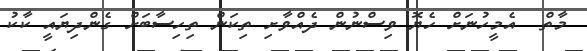
މާތް  އެމީހުނަށް ހެޔޮ ވިސްނުން ދެއްވާށި ތިކަން ތިހިސާބަށް ގެންދިޔައީ ކާކު